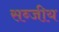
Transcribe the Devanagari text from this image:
सब्जीय